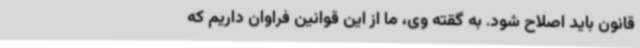
قانون باید اصلاح شود. به گقته وی، ما از این قوانین فراوان داریم که